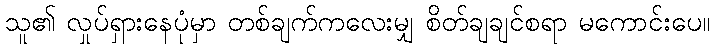
သူ၏ လှုပ်ရှားနေပုံမှာ တစ်ချက်ကလေးမျှ စိတ်ချချင်စရာ မကောင်းပေ။